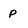
Character: p